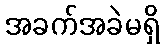
အခက်အခဲမရှိ